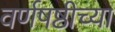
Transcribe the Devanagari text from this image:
वर्णषष्ठीच्या